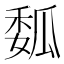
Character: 𰢟